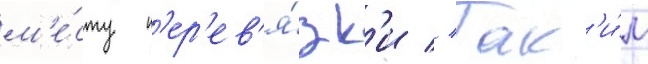
м'е́сту п'ер'ев'я́зк'и // Так'и́м